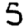
Digit: 5